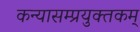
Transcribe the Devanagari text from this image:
कन्यासम्प्रयुक्तकम्